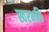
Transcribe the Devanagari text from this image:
स्वरभक्ति